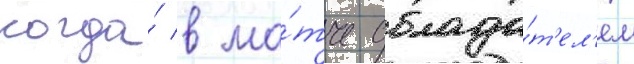
когда́ в ма́тче облада́т'ел'ем